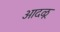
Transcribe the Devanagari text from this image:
आदळू